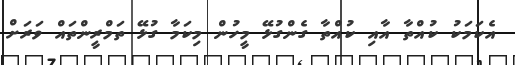
އެކަމަކު ކުއްތާ އާއި ކުއްތާ ގެންގުޅޭ މީހުން މިކަމާ ގުޅޭ ތަމްރީންތައް ވަރަށް